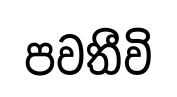
පවතීවි